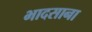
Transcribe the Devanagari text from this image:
भादसाना